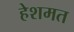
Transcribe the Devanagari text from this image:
हेशमत